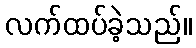
လက်ထပ်ခဲ့သည်။